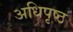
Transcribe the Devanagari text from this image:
अधिपृष्ठ